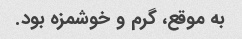
به موقع، گرم و خوشمزه بود.